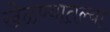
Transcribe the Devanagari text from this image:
खेळण्यातल्या